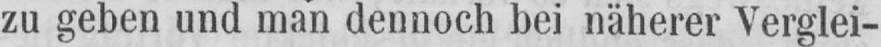
zu geben und man dennoch bei näherer Verglei-